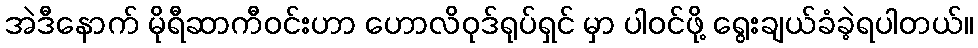
အဲဒီနောက် မိုရီဆာကီဝင်းဟာ ဟောလိဝုဒ်ရုပ်ရှင် မှာ ပါဝင်ဖို့ ရွေးချယ်ခံခဲ့ရပါတယ်။